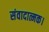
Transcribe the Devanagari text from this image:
संवादात्मक।